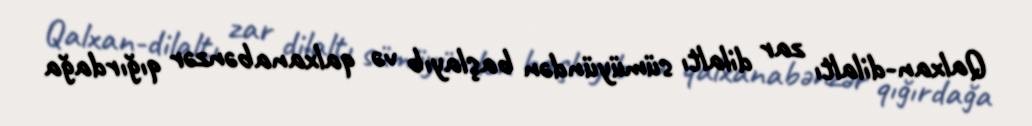
Qalxan-dilaltı zar dilaltı sümüyündən başlayıb və qalxanabənzər qığırdağa